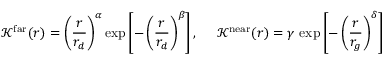
\mathcal { K } ^ { \mathrm { f a r } } ( r ) = \left( \frac { r } { r _ { d } } \right) ^ { \alpha } \mathrm { e x p } \left[ - \left( \frac { r } { r _ { d } } \right) ^ { \beta } \right] , ~ ~ ~ ~ \mathcal { K } ^ { \mathrm { n e a r } } ( r ) = \gamma ~ \mathrm { e x p } \left[ - \left( \frac { r } { r _ { g } } \right) ^ { \delta } \right]